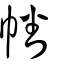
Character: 幡